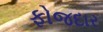
ફોજદાર